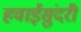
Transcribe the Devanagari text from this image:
हवाईसुंदरी